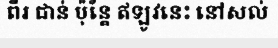
ពីរ ជាន់ ប៉ុន្តែ ឥឡូវនេះ នៅសល់